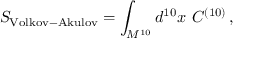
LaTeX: S _ { \mathrm { V o l k o v - A k u l o v } } = \int _ { M ^ { 1 0 } } d ^ { 1 0 } x \ C ^ { ( 1 0 ) } \, ,